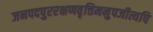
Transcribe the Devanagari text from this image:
जनपदपुररक्षणवृत्तिमनुपजीत्यपि